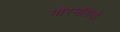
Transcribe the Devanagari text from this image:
गौरमंडिसे